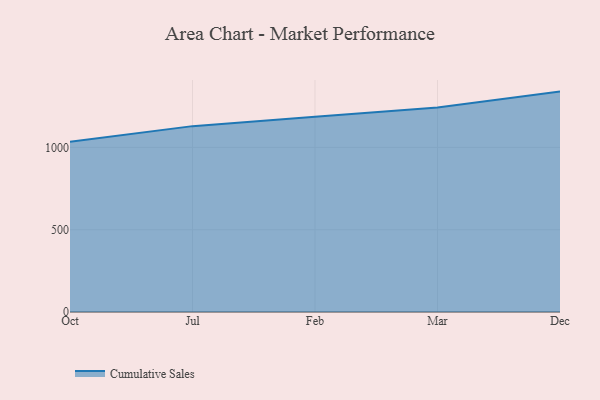
{"axis": {"x": "Month", "y": "Tickets Resolved"}, "legend": ["Cumulative Sales"], "data": [{"x": "Oct", "y": 1034.2, "type": "Cumulative Sales"}, {"x": "Jul", "y": 1129.3, "type": "Cumulative Sales"}, {"x": "Feb", "y": 1186.6, "type": "Cumulative Sales"}, {"x": "Mar", "y": 1242.7, "type": "Cumulative Sales"}, {"x": "Dec", "y": 1339.1, "type": "Cumulative Sales"}]}